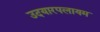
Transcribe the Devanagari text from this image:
उदयारपलायम